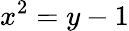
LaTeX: x^{2}=y-1